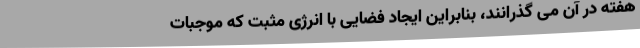
هفته در آن می گذرانند، بنابراین ایجاد فضایی با انرژی مثبت که موجبات